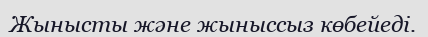
Жынысты және жыныссыз көбейеді.